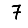
Digit: 7